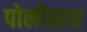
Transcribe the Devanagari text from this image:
पोलीसात